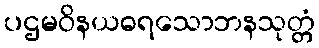
ပဌမဝိနယဓရသောဘနသုတ္တံ